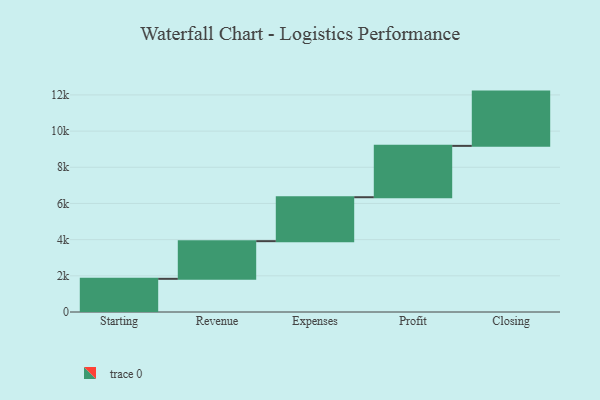
{"axis": {"x": "Step", "y": "Value"}, "legend": [""], "data": [{"x": "Starting", "y": 1834.0, "type": ""}, {"x": "Revenue", "y": 2082.0, "type": ""}, {"x": "Expenses", "y": 2429.0, "type": ""}, {"x": "Profit", "y": 2839.0, "type": ""}, {"x": "Closing", "y": 3000, "type": ""}]}